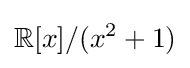
\mathbb {R} [x]/(x^{2}+1)